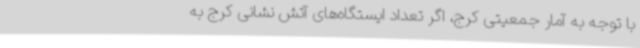
با توجه به آمار جمعیتی کرج، اگر تعداد ایستگاه‌های آتش نشانی کرج به